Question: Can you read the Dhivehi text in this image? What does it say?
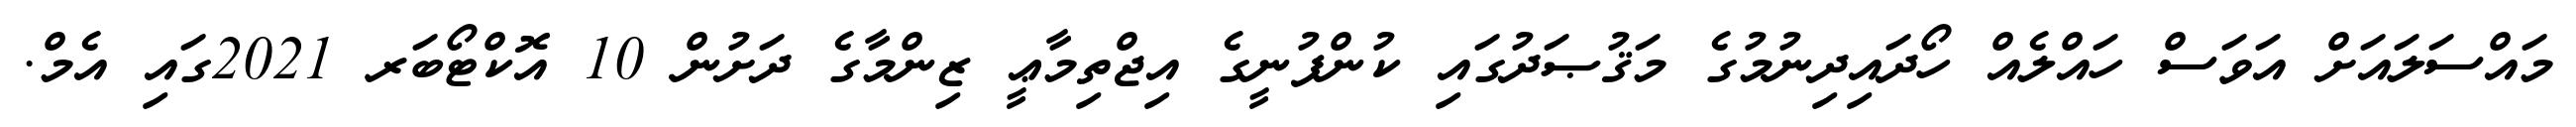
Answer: މައްސަލައަށް އަވަސް ހައްލެއް ހޯދައިދިނުމުގެ މަޤުޞަދުގައި ކުންފުނީގެ އިޖްތިމާޢީ ޒިންމާގެ ދަށުން 10 އޮކްޓޯބަރ 2021ގައި އެމް.